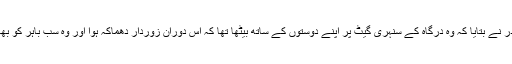
ایک عینی شاہد غلام قادر نے بتایا کہ وہ درگاہ کے سنہری گیٹ پر اپنے دوستوں کے ساتھ بیٹھا تھا کہ اس دوران زوردار دھماکہ ہوا اور وہ سب باہر کو بھاگ کھڑے ہوئے تھے۔